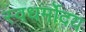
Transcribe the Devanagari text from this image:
स्वधर्मोदय